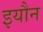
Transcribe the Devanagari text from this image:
इयौन